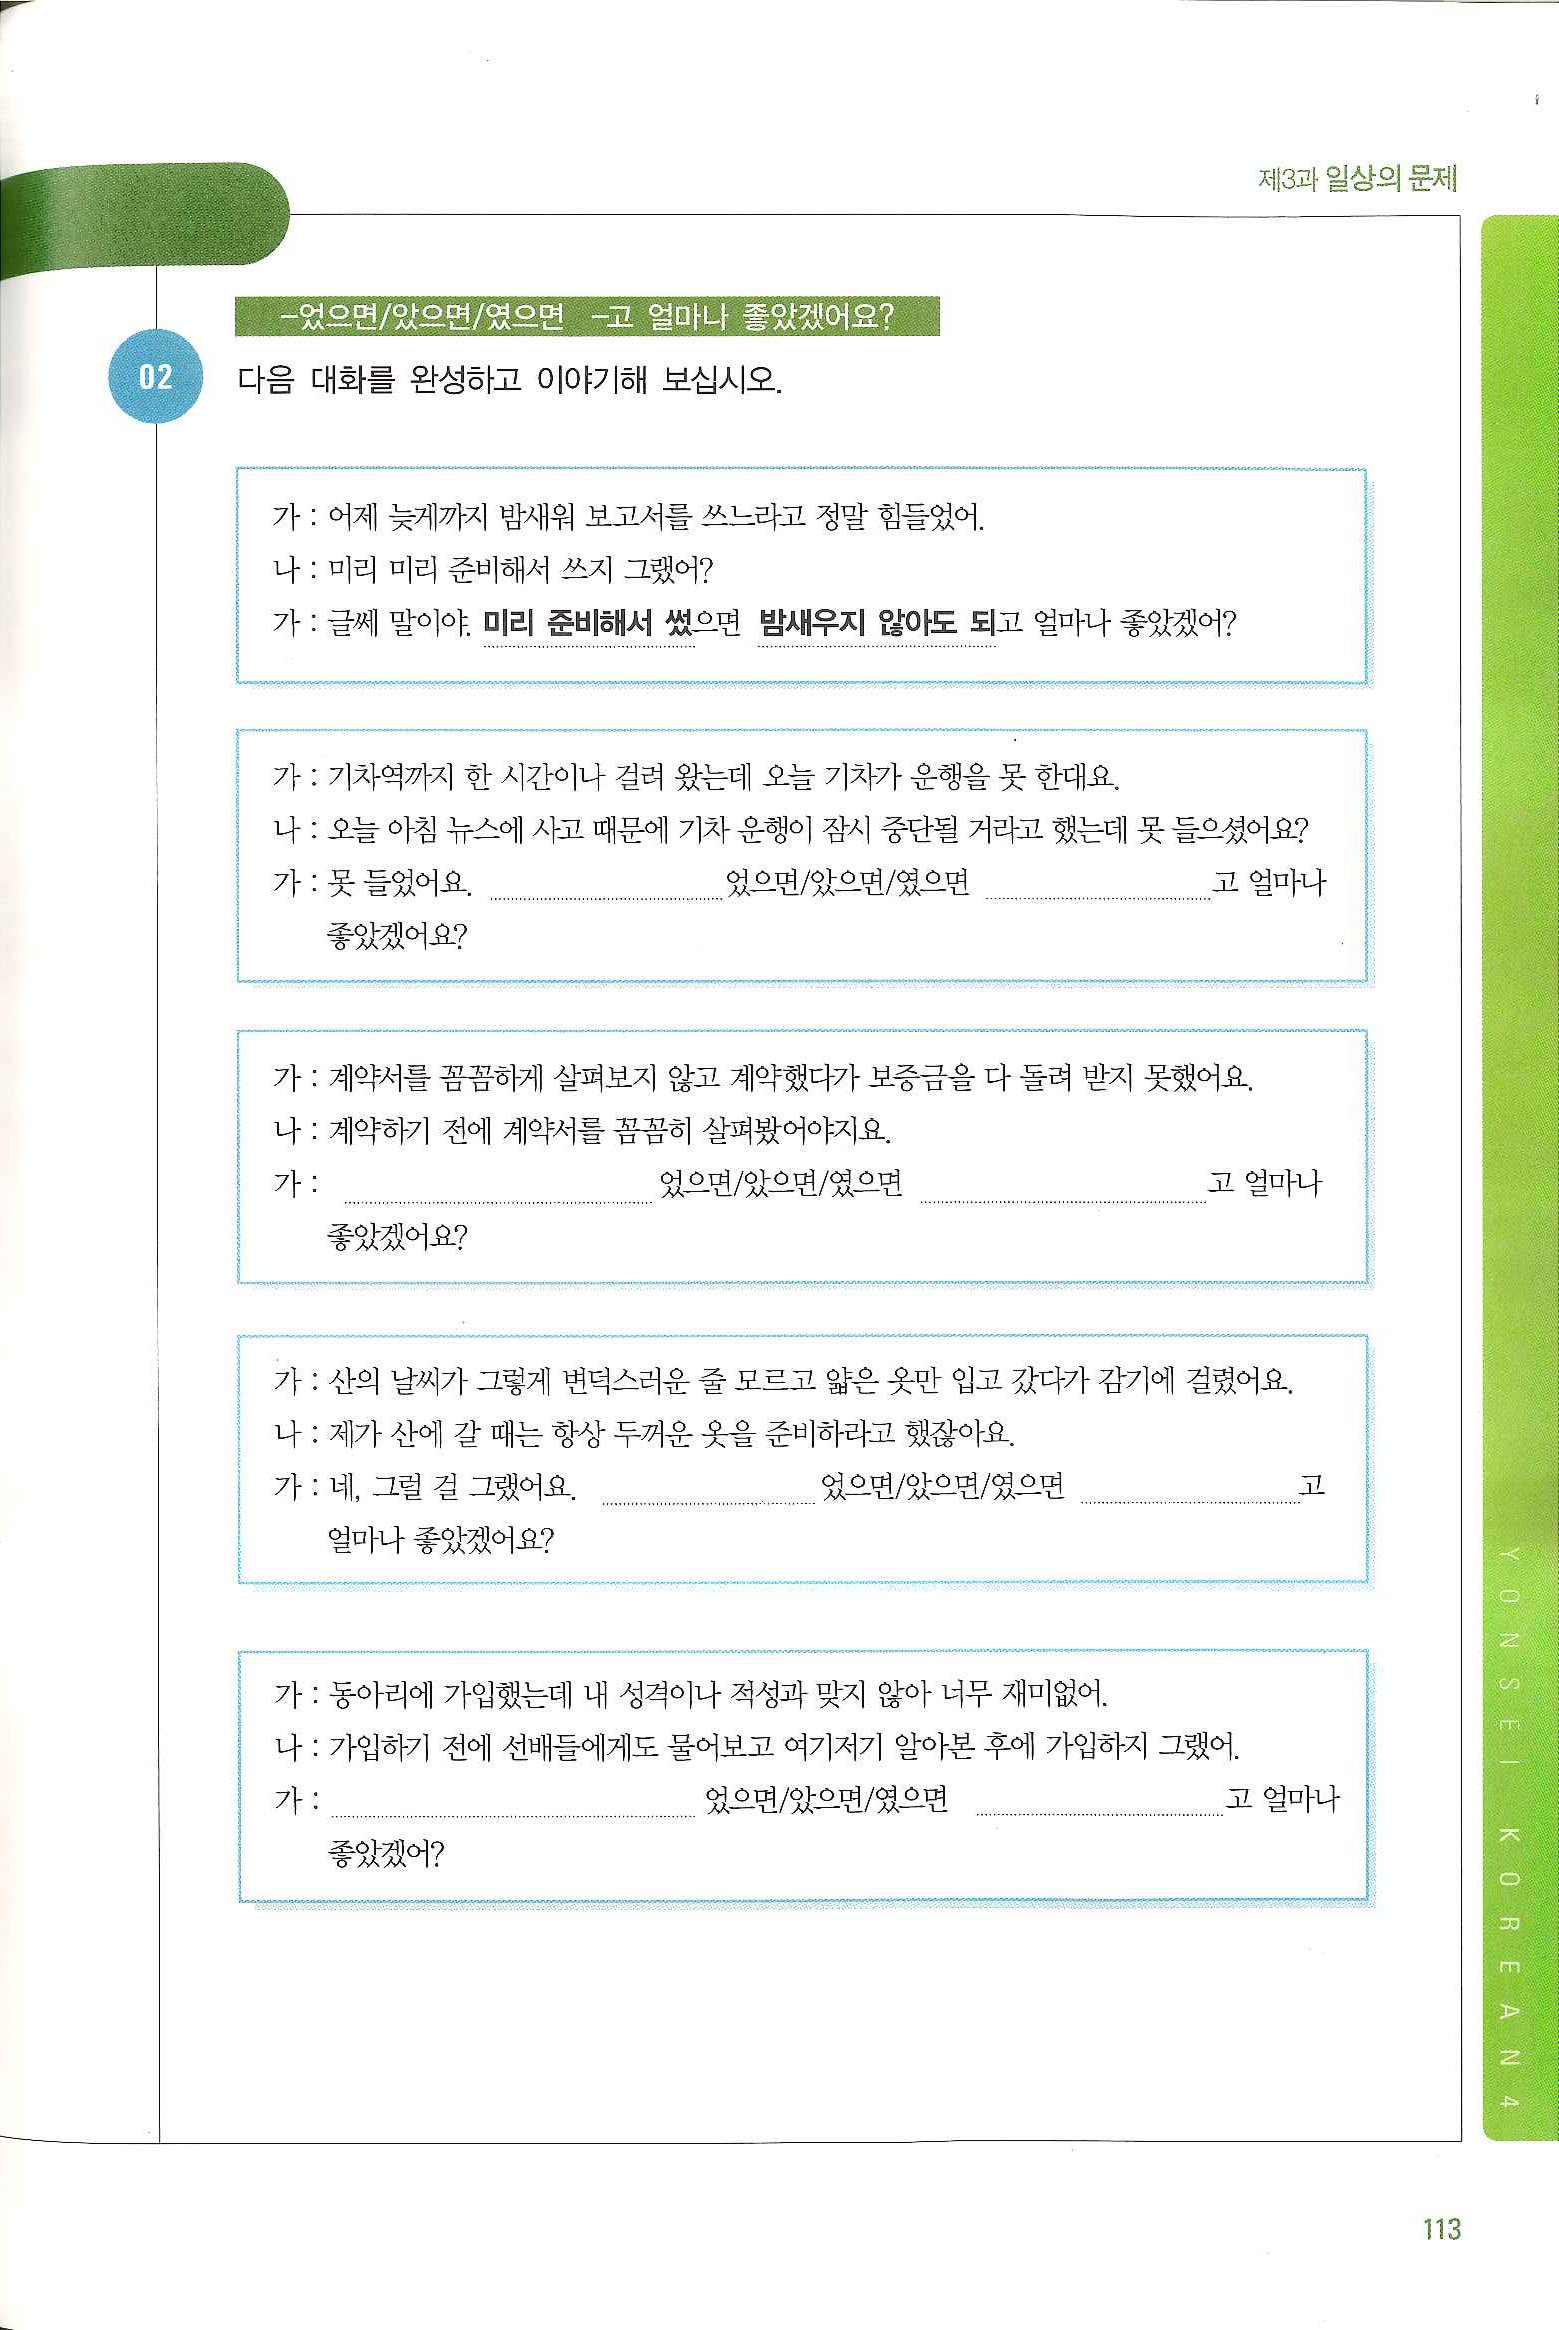
Language: ko